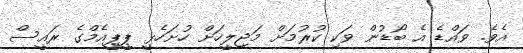
އެވެ. ވައްޑެ އެ ބޯޑުން ވަކި ކުރުމަށް މަޖިލީހަށް ހުށަހެޅީ ޕީޕީއެމްގެ ރައީސް